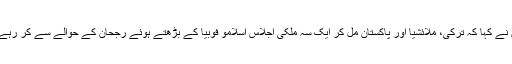
انہوں نے کہا کہ ترکی، ملائشیا اور پاکستان مل کر ایک سہ ملکی اجلاس اسلامو فوبیا کے بڑھتے ہوئے رجحان کے حوالے سے کر رہے ہیں۔